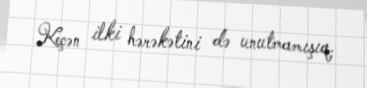
Keçən ilki hərəkətini də unutmamışıq.